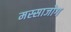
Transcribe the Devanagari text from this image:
मस्साजोग